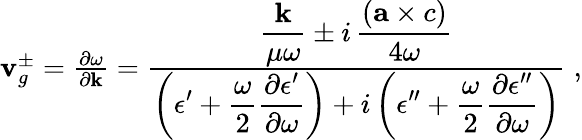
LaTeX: \begin{array}{r}{{\mathbf v}_{g}^{\pm}=\frac{\partial\omega}{\partial{\mathbf k}}=\frac{\displaystyle\frac{{\mathbf k}}{\mu\omega}\pm i\, \frac{({\mathbf a\times c})}{4\omega}}{\displaystyle\left(\epsilon^{\prime}+\frac{\omega}{2}\frac{\partial\epsilon^{\prime}}{\partial\omega}\right)+i\left(\epsilon^{\prime\prime}+\frac{\omega}{2}\frac{\partial\epsilon^{\prime\prime}}{\partial\omega}\right)}\; ,}\end{array}